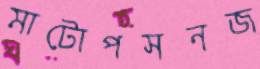
মাটোপসনজ